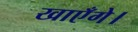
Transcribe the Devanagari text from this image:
खाएँगे।